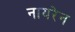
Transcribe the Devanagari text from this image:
नायरेन